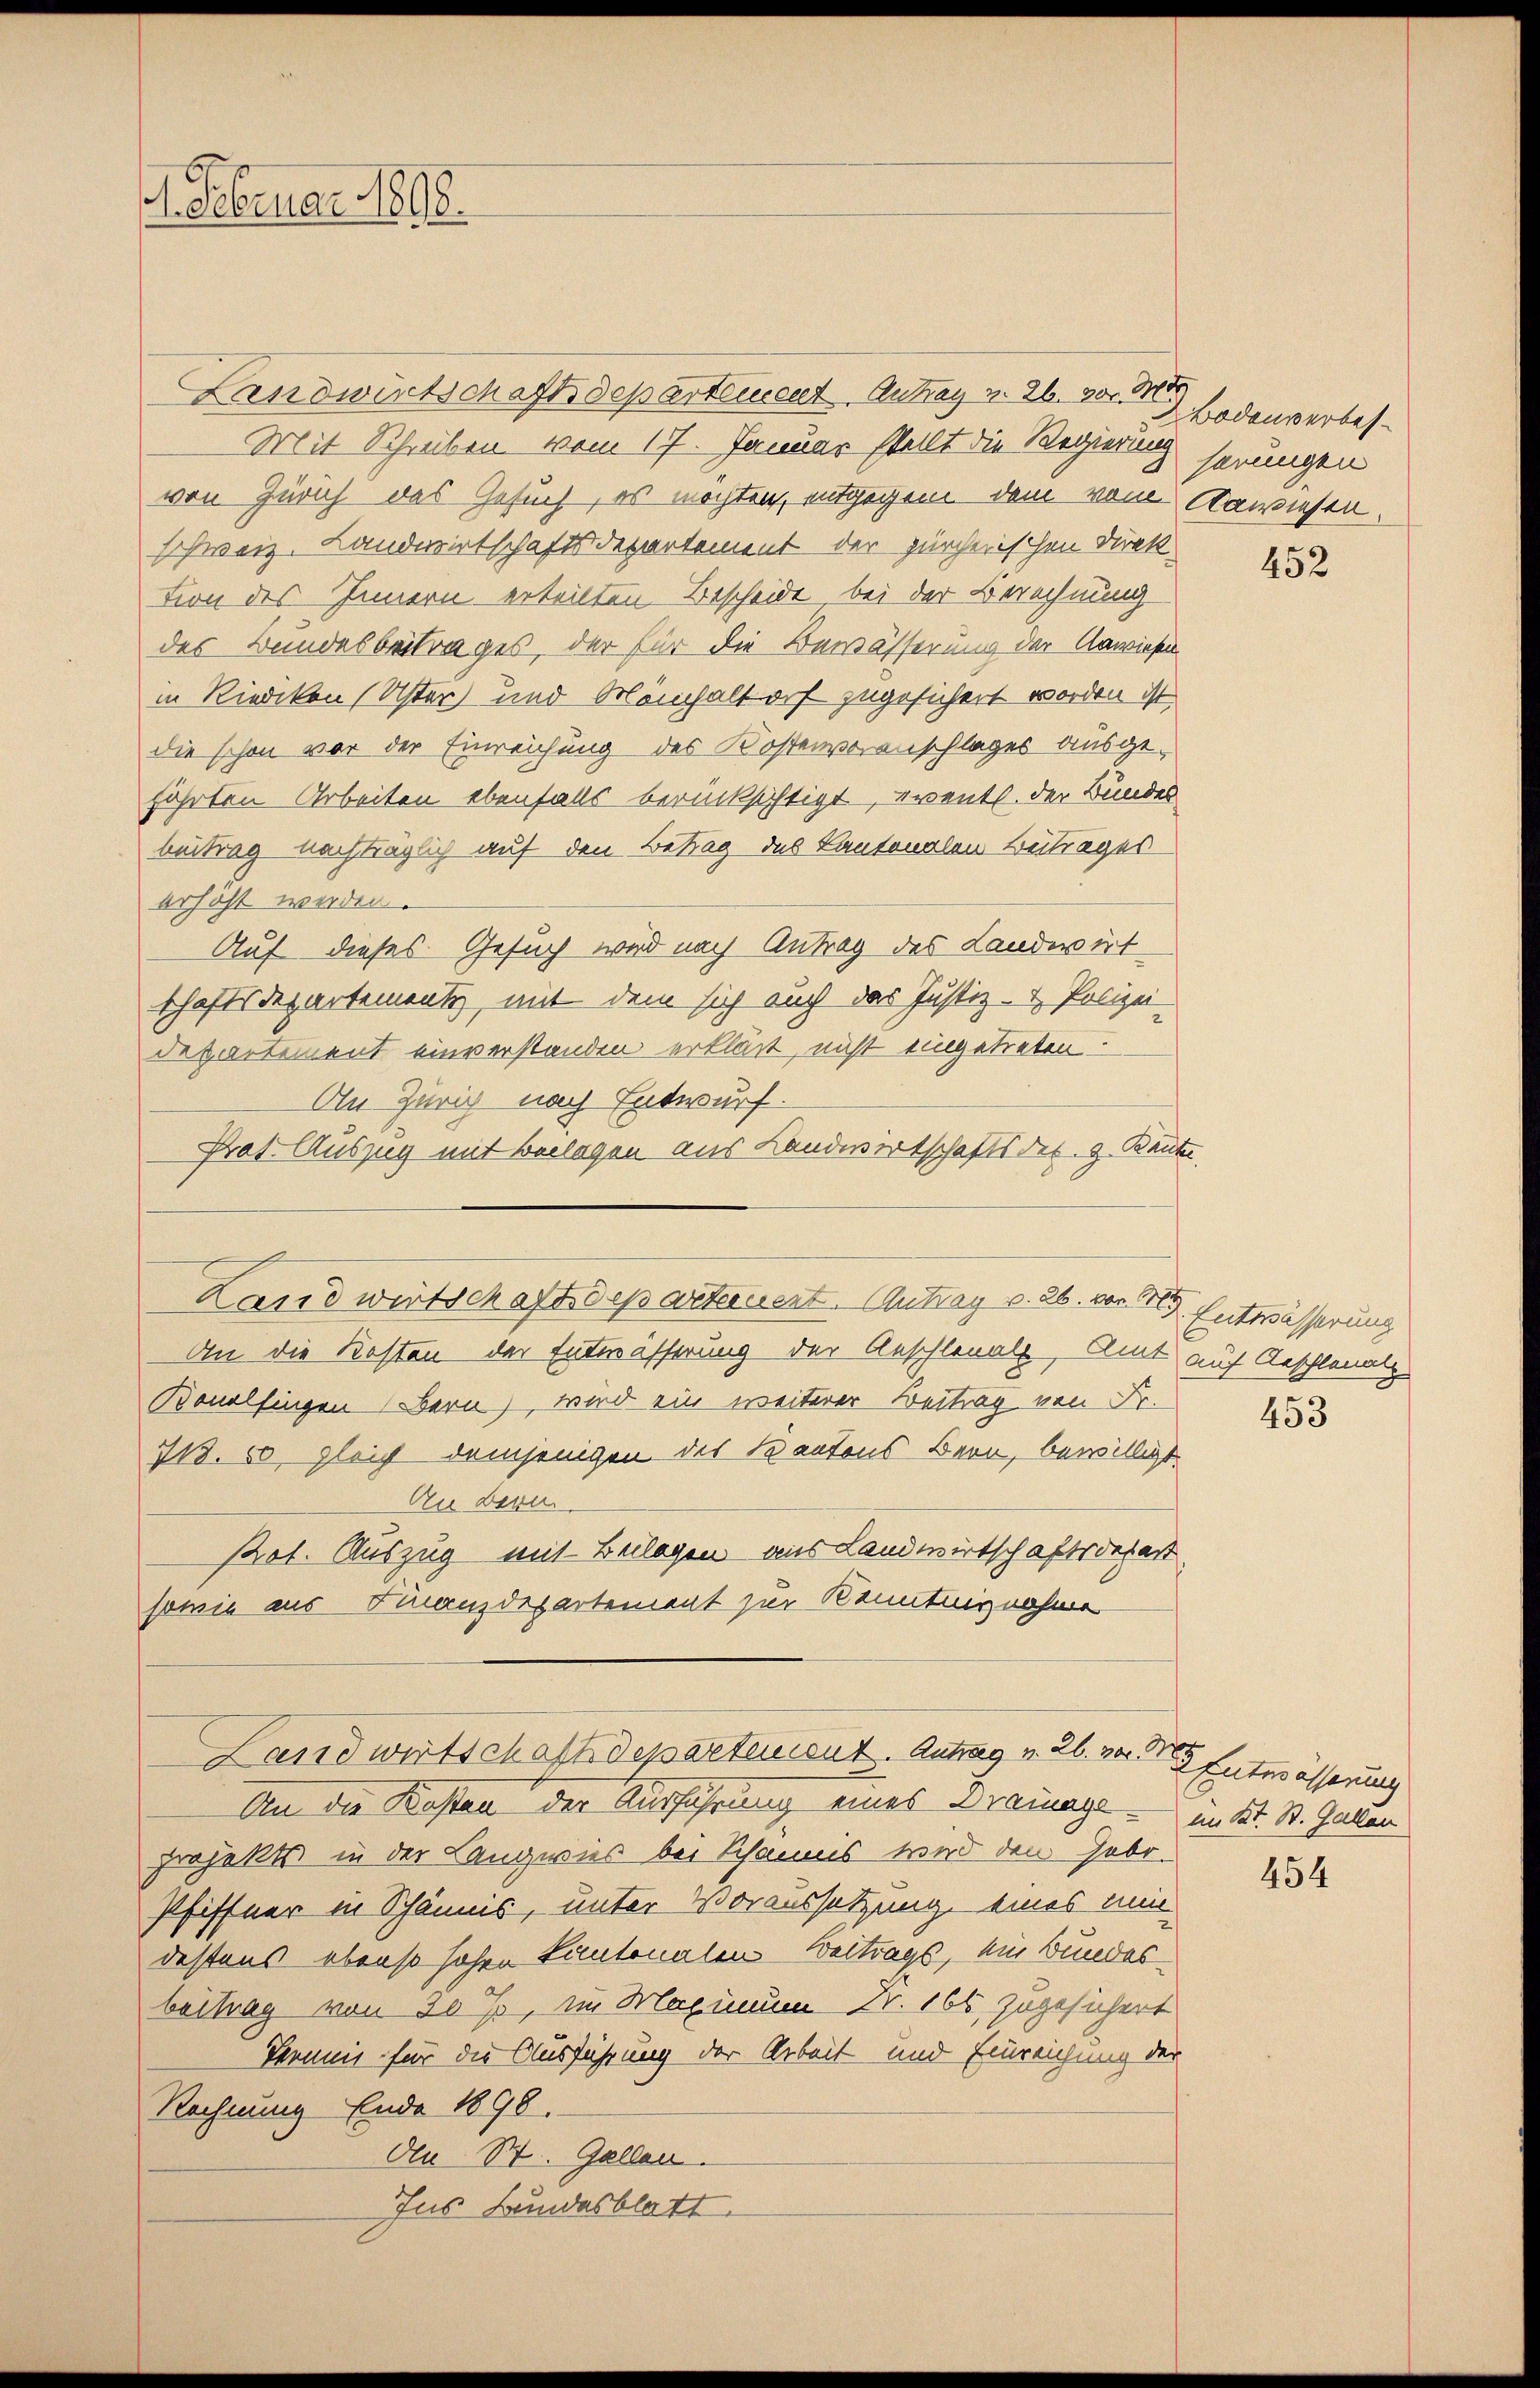
4. Februar 1898.

Landwirtschaft Separtement Antrag v. 26. v. Mo
Mit Schreiben vom 17. Januar stellt die Regierung seinigen
von Zürich des Gesuch, es möchten, entgegen dem vom Anwiesen.
schweiz. Landwirtschaftsdepartement der zürcherischen Direktion des Innern erteilten Bescheide, bei der Berechnung
des Bundesbeitrages, der für die Bewässerung der Anwiesen
in Riedikon Uster und Meinhaltorf zugesichert worden ist.
die schon vor der Einreichung des Kostenvoranschlages ausgefährten Arbeiten ebenfalls berücksichtigt, events. der Bundes
beitrag nachträglich auf den Betrag des Kantonalen Betrages
erhöht werden.
Auf dieses Gesuch wird nach Antrag des Landwirt
schaftsdepartementi, mit dem sich auch das Justiz- & Polizei-
departement einverstanden erklärt, nicht eingetreten.
An Zürich nach Entwurf.
Prat. Auszug mit Beilagen aus Landwirtschaftsdes. g. Rente
An die Kosten der Entwässerung der Aeschlonals Amt auf Aeschlenalp
Konolfingen Bern), wird ein weiterer Beitrag von Fr. 153
718. 50. gleich demjenigen des Kantons Bern, bewilligt.
An Bern
Pot. Auszug mit Beilagen aus Landwirtschaftsdepart
sowie aus Finanzdepartement zur Kenntnisnahme
Landwirtschaftsdepartement. Antrag v. 26. von 1 Entwässerung
An die Kosten der Ausführung eines Drainage - im Kt. St. Gallen
projekts in der Langwies bei Schaus wird den Gebr.
Pfiffner in Schännis, unter Voraussetzung eines mit
destens ebenso hohen Kantonalen Beitrags, ein Bundesbeitrag von 20 %, im Maximum 2. 166, zugesichert
Termin für die Ausführung der Arbeit und Einreichung der
Rechnung Ende 1890.
Den St. Gallen.
Ins Bundesblatt.

Landwirtschaftsdepartement. Antrag v. 26. von 4. Entwässerung

2 Bodenverbes¬

452

454